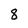
Character: 8